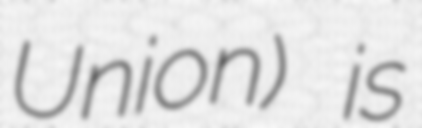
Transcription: Union) is